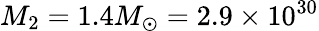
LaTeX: M_{2}=1.4M_{\odot}=2.9\times 10^{30}